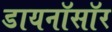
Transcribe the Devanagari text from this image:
डायनॉसॉर